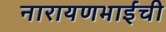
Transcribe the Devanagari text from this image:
नारायणभाईंची